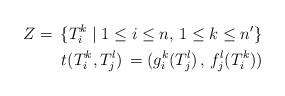
LaTeX: \begin{align*} Z=\, \{T_{i}^{k}\mid 1 \leq i \leq n,\, 1 \leq k \leq n'\} \\ t(T_{i}^{k},T_{j}^{l})\,=(g_i^k(T_{j}^{l})\,,\,f_j^l(T_{i}^{k})) \end{align*}